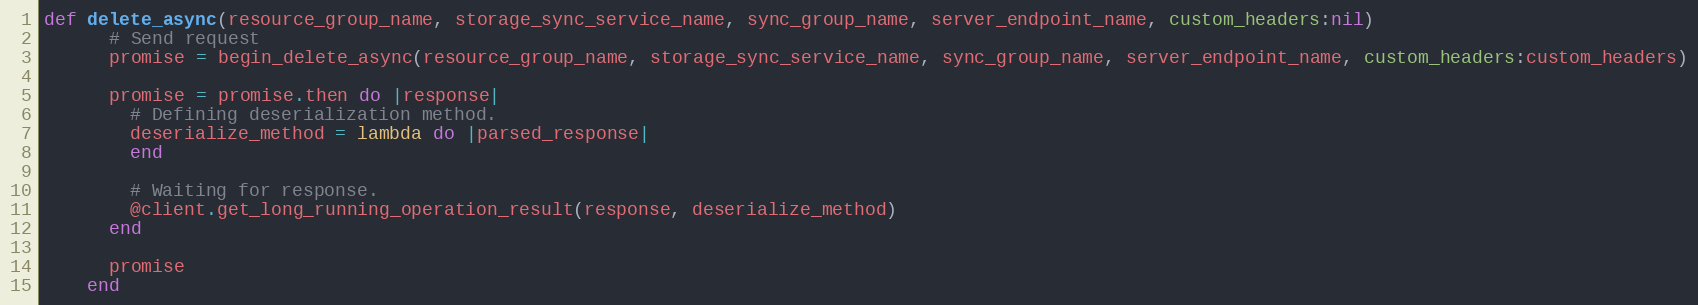
Language: Ruby
def delete_async(resource_group_name, storage_sync_service_name, sync_group_name, server_endpoint_name, custom_headers:nil)
      # Send request
      promise = begin_delete_async(resource_group_name, storage_sync_service_name, sync_group_name, server_endpoint_name, custom_headers:custom_headers)

      promise = promise.then do |response|
        # Defining deserialization method.
        deserialize_method = lambda do |parsed_response|
        end

        # Waiting for response.
        @client.get_long_running_operation_result(response, deserialize_method)
      end

      promise
    end